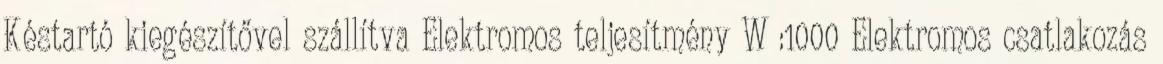
Késtartó kiegészítővel szállítva Elektromos teljesítmény W :1000 Elektromos csatlakozás